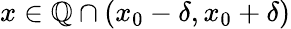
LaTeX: x\in\mathbb{Q}\cap(x_{0}-\delta,x_{0}+\delta)